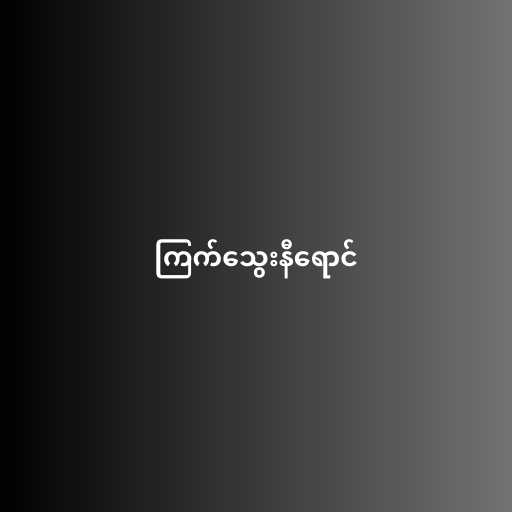
ကြက်သွေးနီရောင်